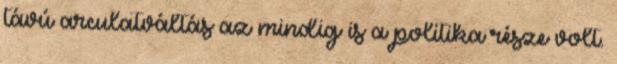
távú arculatváltás az mindig is a politika része volt.